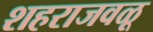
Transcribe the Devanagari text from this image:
शहराजवळू